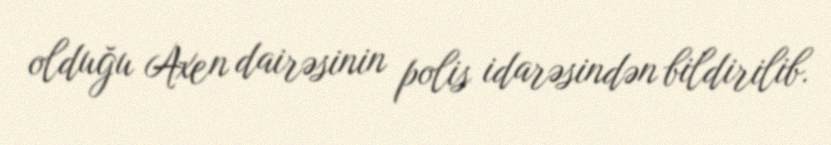
olduğu Axen dairəsinin polis idarəsindən bildirilib.